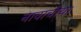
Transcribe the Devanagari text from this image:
नावाचीया